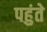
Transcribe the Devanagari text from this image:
पहुंते